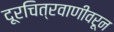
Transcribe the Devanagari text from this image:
दूरचित्रवाणीवरून